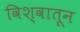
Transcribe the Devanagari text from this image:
विश्वातून